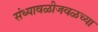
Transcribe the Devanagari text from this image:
संध्यावळीजवळच्या